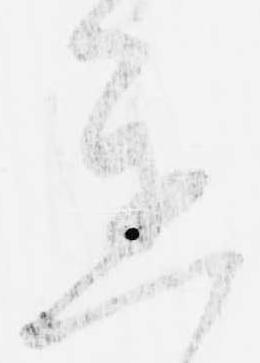
進